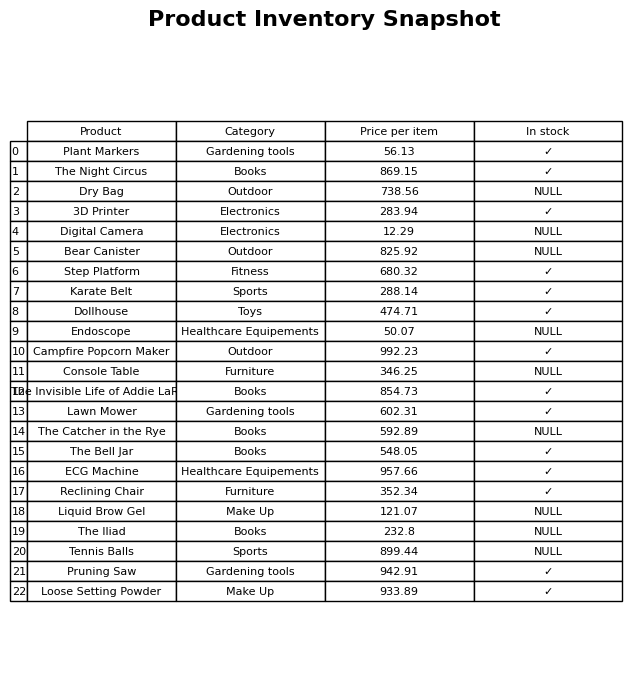
question: What is the stock status of the The Bell Jar?
answer: ✓